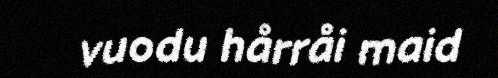
vuodu hårråi maid